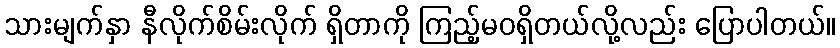
သားမျက်နှာ နီလိုက်စိမ်းလိုက် ရှိတာကို ကြည့်မဝရှိတယ်လို့လည်း ပြောပါတယ်။